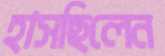
হাসছিলেন